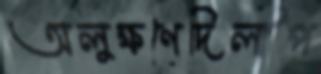
অলুক্ষণেদিলীপ